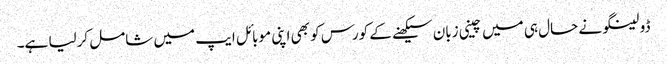
ڈولینگو نے حال ہی میں چینی زبان سیکھنے کے کورس کو بھی اپنی موبائل ایپ میں شامل کرلیا ہے۔